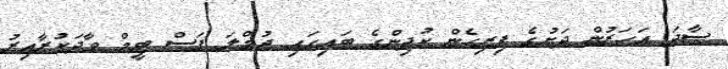
ސާދަ އަހަރުން ދަށުގެ ފިރިހެން ކުދިންގެ ބައިގައި ޖުމްލަ ފަސް ޓީމް ވާދަކުރާއިރު